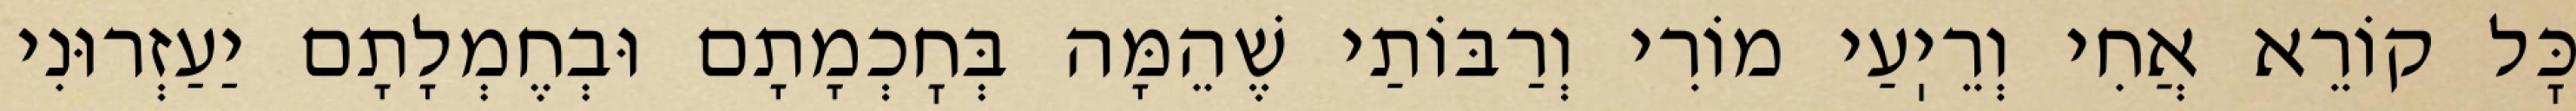
כׇּל קוֹרֵא אֲחִי וְרֵיֽעַי מוֹרִי וְרַבּוֹתַי שֶׁהֵמָּה בְּחׇכְמָתָם וּבְחֶמְלָתָם יַעַזְרוּנִי